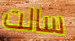
سالت